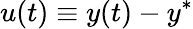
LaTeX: u(t)\equiv y(t)-y^{*}